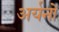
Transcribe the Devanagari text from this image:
अर्यनों